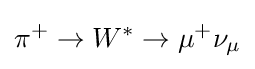
\pi ^{+}\to W^{*}\to \mu ^{+}\nu _{\mu }